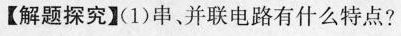
【解题探究】(1)串、并联电路有什么特点?